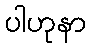
ပါဟုနာ